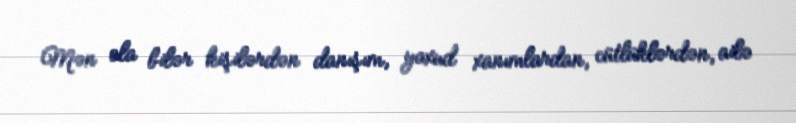
Mən ola bilər kişilərdən danışım, yaxud xanımlardan, cütlüklərdən, ailə